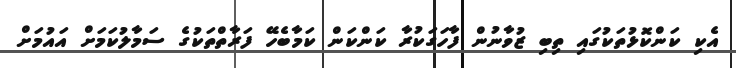
އެކި ކަންކޮޅުތަކުގައި ތިބި ޒުވާނުން ފާހަގަކުރާ ކަންކަން ކަމާބެހޭ ފަރާތްތަކުގެ ސަމާލުކަމަށް އައުމަށް